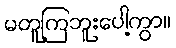
မတူကြဘူးပေါ့ကွာ။